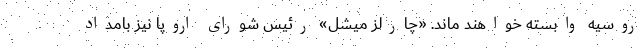
روسیه وابسته خواهند ماند. «چارلز میشل» رئیس شورای اروپا نیز بامداد